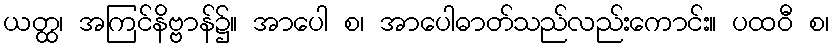
ယတ္ထ၊ အကြင်နိဗ္ဗာန်၌။ အာပေါ စ၊ အာပေါဓာတ်သည်လည်းကောင်း။ ပထဝီ စ၊